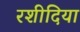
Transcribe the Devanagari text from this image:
रशीदिया